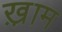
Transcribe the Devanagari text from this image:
ख़़ाम